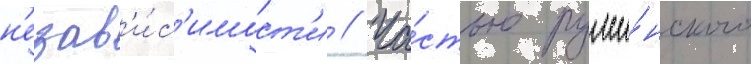
н'езав'и́с'имост'и // Ча́стью румы́нского